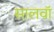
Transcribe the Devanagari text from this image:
सालवाॅ